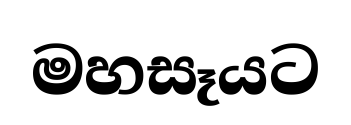
මහසෑයට